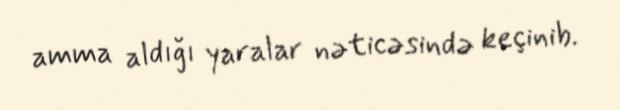
amma aldığı yaralar nəticəsində keçinib.